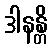
ဒါနန္တိ